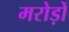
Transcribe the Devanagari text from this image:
मरोड़ों